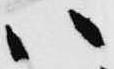
ハ